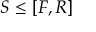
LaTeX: S \leq [ F , R ]